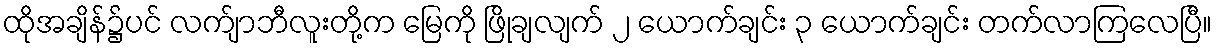
ထိုအချိန်၌ပင် လက်ျာဘီလူးတို့က မြေကို ဖြိုချလျက် ၂ ယောက်ချင်း ၃ ယောက်ချင်း တက်လာကြလေပြီ။